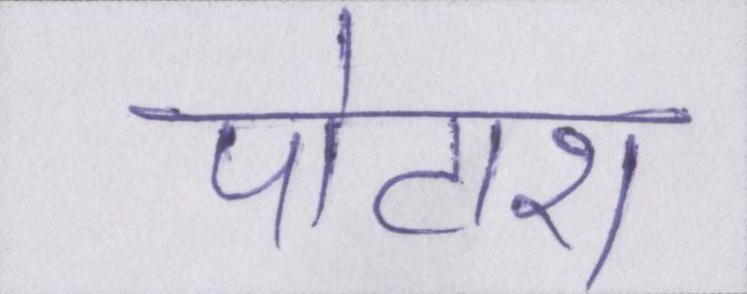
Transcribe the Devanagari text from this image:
पोटाश